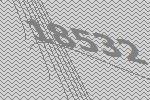
18532